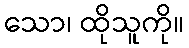
သော၊ ထိုသူကို။